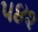
૫૪૨